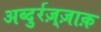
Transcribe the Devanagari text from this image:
अब्दुर्रज़्ज़ाक़